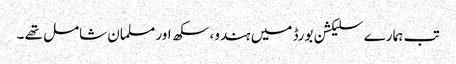
تب ہمارے سلیکشن بورڈ میں ہندو، سکھ اور مسلمان شامل تھے ۔